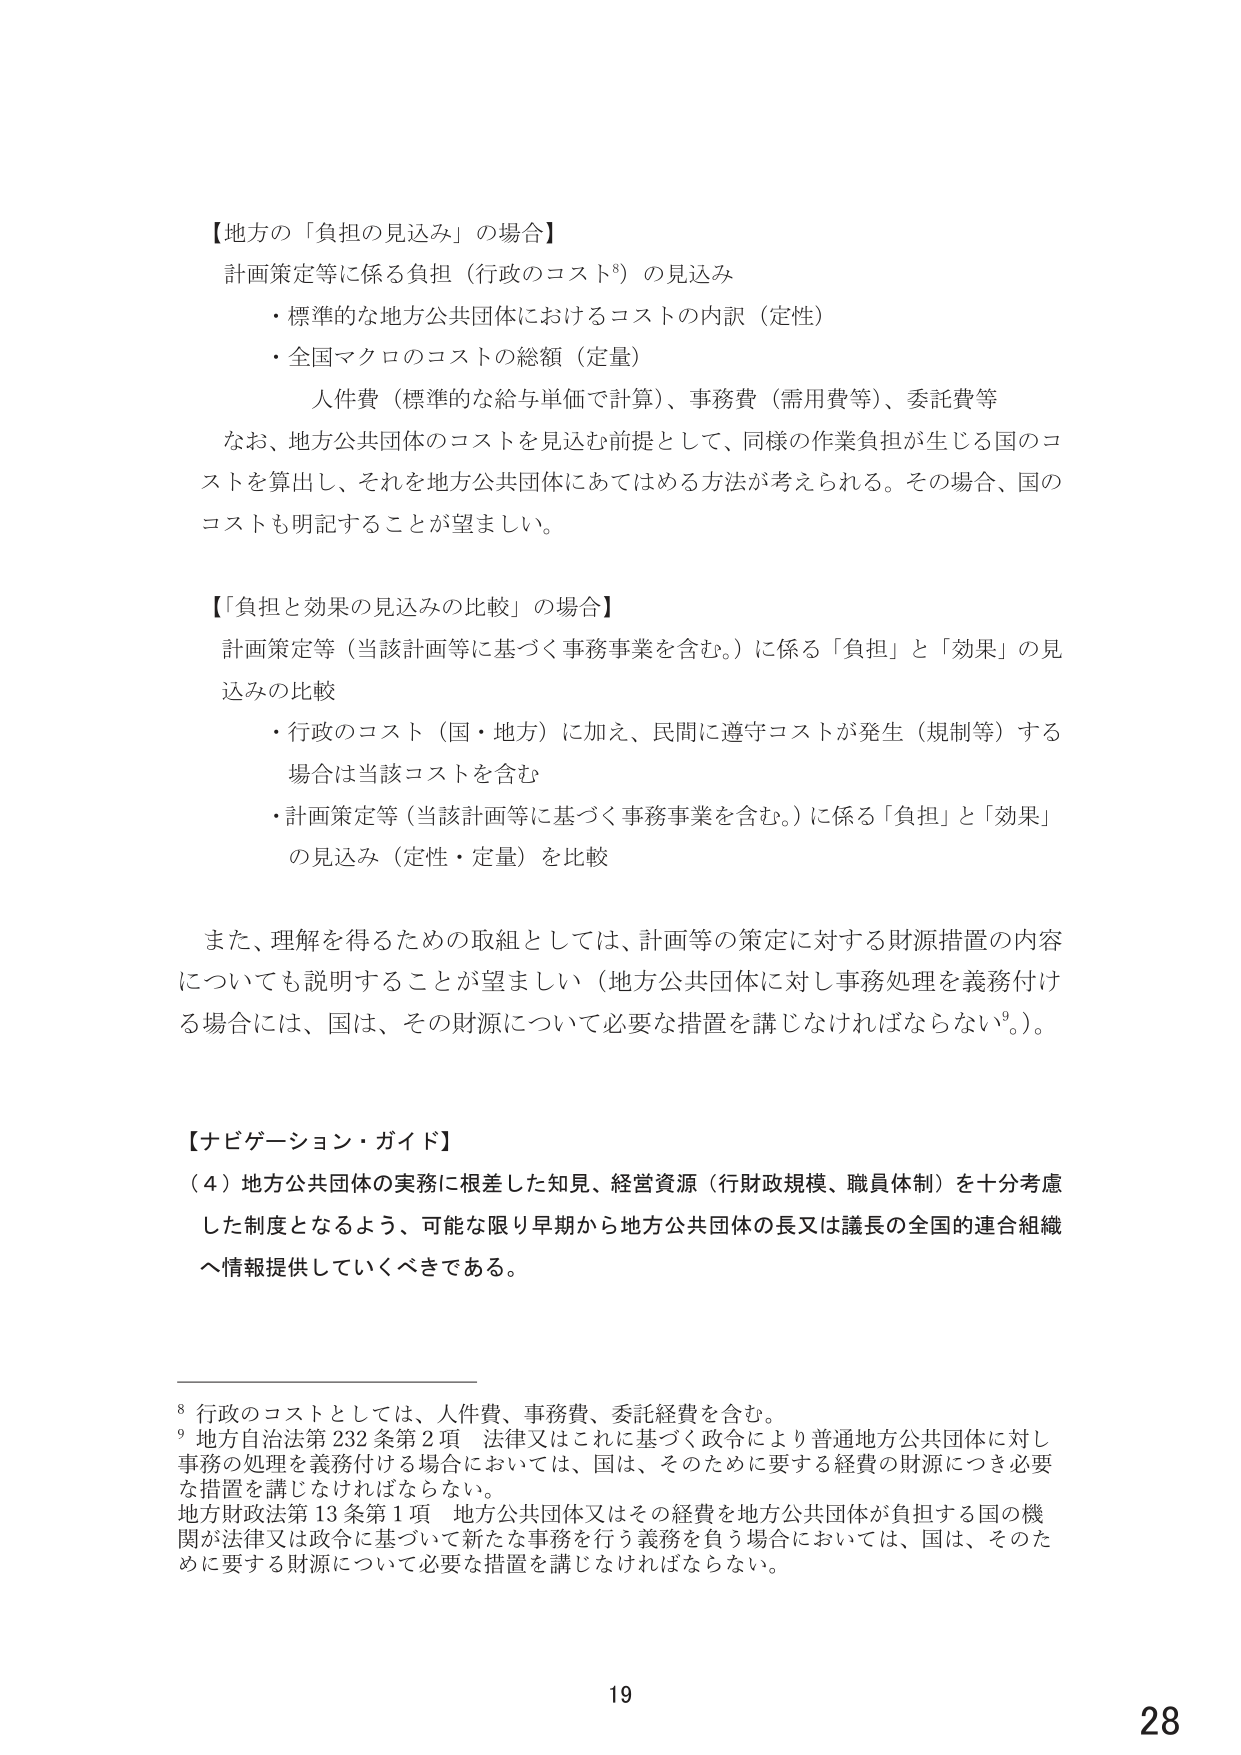
【地方の「負担の見込み」の場合】
計画策定等に係る負担（行政のコスト⁸）の見込み
・標準的な地方公共団体におけるコストの内訳（定性）
・全国マクロのコストの総額（定量）
　人件費（標準的な給与単価で計算）、事務費（需用費等）、委託費等
なお、地方公共団体のコストを見込む前提として、同様の作業負担が生じる国のコストを算出し、それを地方公共団体にあてはめる方法が考えられる。その場合、国のコストも明記することが望ましい。

【「負担と効果の見込みの比較」の場合】
計画策定等（当該計画等に基づく事務事業を含む。）に係る「負担」と「効果」の見込みの比較
・行政のコスト（国・地方）に加え、民間に遵守コストが発生（規制等）する場合は当該コストを含む
・計画策定等（当該計画等に基づく事務事業を含む。）に係る「負担」と「効果」の見込み（定性・定量）を比較

また、理解を得るための取組としては、計画等の策定に対する財源措置の内容についても説明することが望ましい（地方公共団体に対し事務処理を義務付ける場合には、国は、その財源について必要な措置を講じなければならない⁹。）。

【ナビゲーション・ガイド】
（４）地方公共団体の実務に根差した知見、経営資源（行財政規模、職員体制）を十分考慮した制度となるよう、可能な限り早期から地方公共団体の長又は議長の全国的連合組織へ情報提供していくべきである。

⁸ 行政のコストとしては、人件費、事務費、委託経費を含む。
⁹ 地方自治法第232条第2項　法律又はこれに基づく政令により普通地方公共団体に対し事務の処理を義務付ける場合においては、国は、そのために要する経費の財源につき必要な措置を講じなければならない。
　地方財政法第13条第1項　地方公共団体又はその経費を地方公共団体が負担する国の機関が法律又は政令に基づいて新たな事務を行う義務を負う場合においては、国は、そのために要する財源について必要な措置を講じなければならない。

19
28